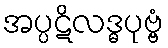
အပ္ပဋိလဒ္ဓပုဗ္ဗံ